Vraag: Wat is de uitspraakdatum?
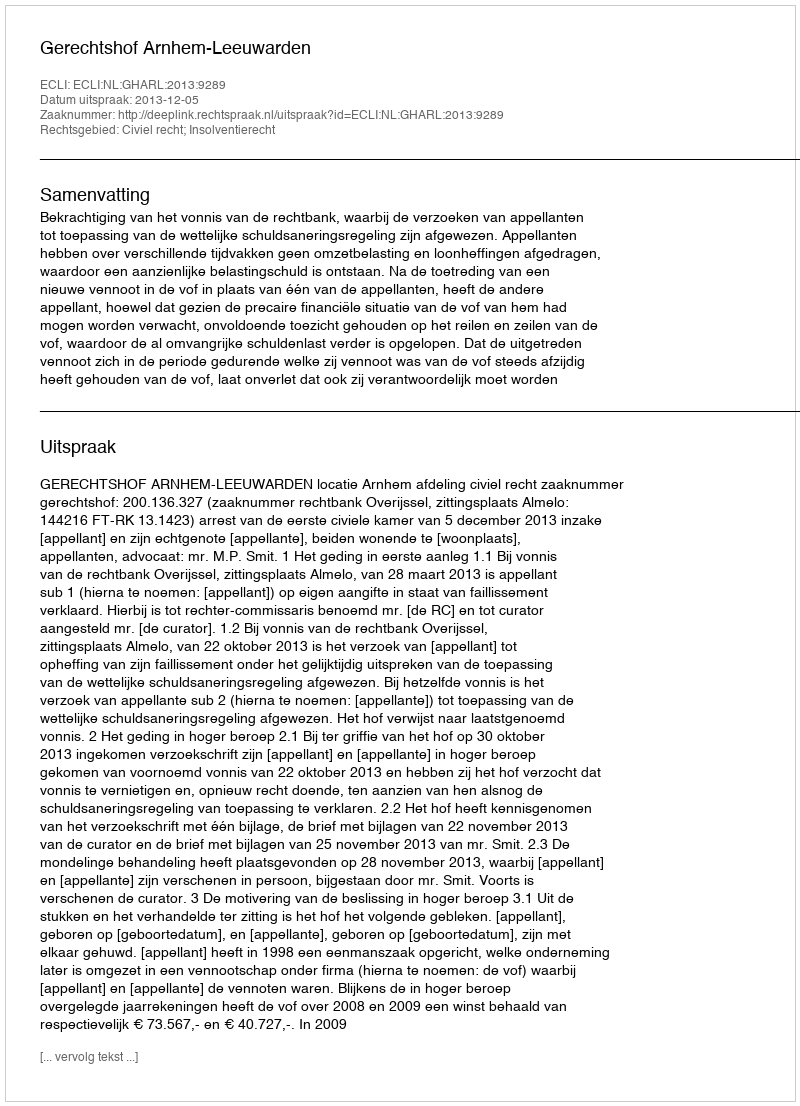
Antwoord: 2013-12-05